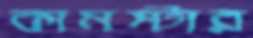
কামস্টার